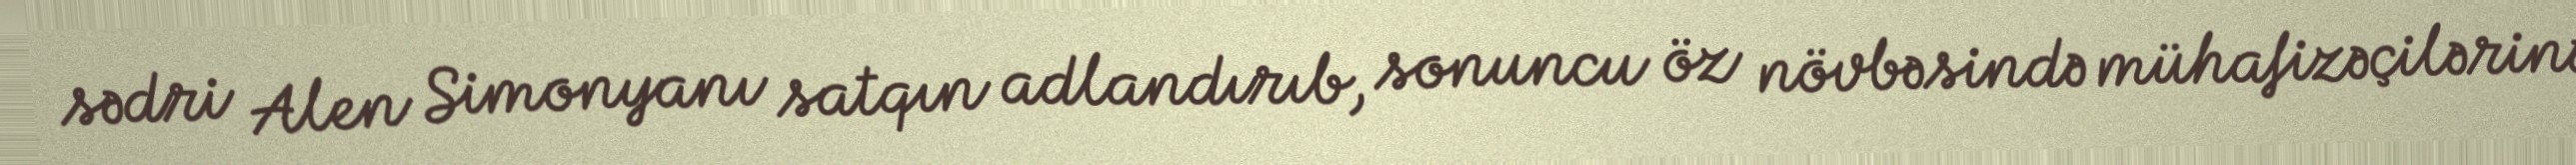
sədri Alen Simonyanı satqın adlandırıb, sonuncu öz növbəsində mühafizəçilərinə